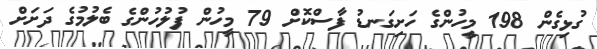
ގުޅިގެން 198 މީހުންގެ ހަށިގަނޑު ފާސްކޮށް 79 މީހުން ފުލުހުންގެ ބެލުމުގެ ދަށަށް